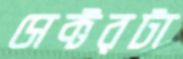
সেক্টরটা